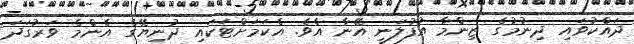
ދައްކުވައި ދިނުމުގެ ޒިންމާ އުފުލަނީ އޭނާ އެވެ. އެކަމަށްޓަކައި ދުނިޔޭގެ އެންމެ ވަރުގަދަ